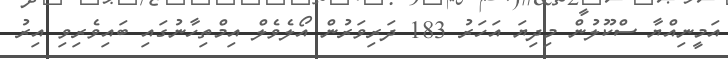
އަމީނިއްޔާ ސްކޫލުން މިދިޔަ އަހަރު 183 ދަރިވަރުން އޯލެވެލް އިމްތިހާނުގައި ބައިވެރިވި އިރު